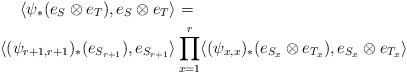
LaTeX: \begin{align*}\langle\psi_* (e_S \otimes e_T ), e_S \otimes e_T\rangle &= \\\langle(\psi_{r+1,r+1})_* (e_{S_{r+1}}), e_{S_{r+1}}\rangle &\prod_{x=1}^r \langle(\psi_{x,x})_* (e_{S_x} \otimes e_{T_x} ), e_{S_x} \otimes e_{T_x}\rangle \end{align*}